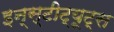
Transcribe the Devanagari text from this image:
इन्स्टीट्यूट्स